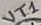
Text: VT1